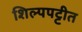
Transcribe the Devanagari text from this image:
शिल्पपट्टीत